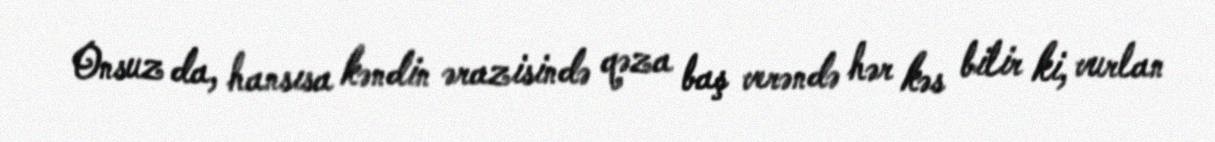
Onsuz da, hansısa kəndin ərazisində qəza baş verəndə hər kəs bilir ki, vurlan